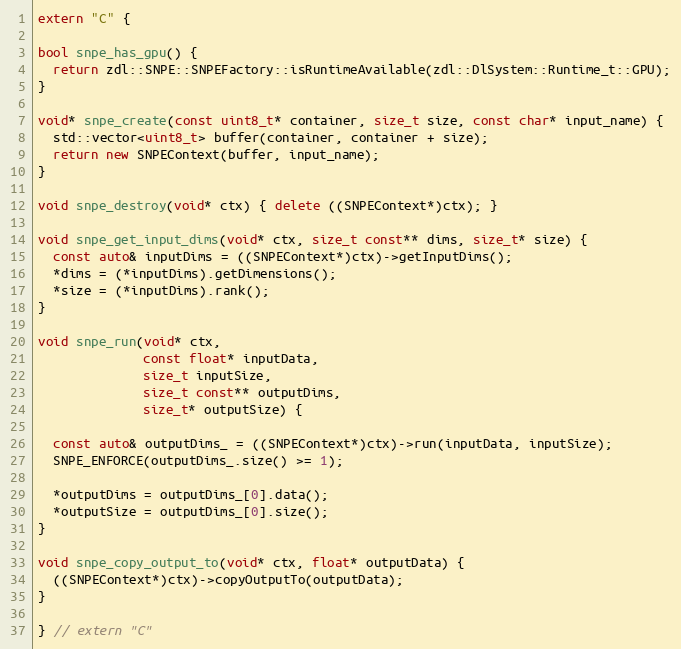
Language: C++
extern "C" {

bool snpe_has_gpu() {
  return zdl::SNPE::SNPEFactory::isRuntimeAvailable(zdl::DlSystem::Runtime_t::GPU);
}

void* snpe_create(const uint8_t* container, size_t size, const char* input_name) {
  std::vector<uint8_t> buffer(container, container + size);
  return new SNPEContext(buffer, input_name);
}

void snpe_destroy(void* ctx) { delete ((SNPEContext*)ctx); }

void snpe_get_input_dims(void* ctx, size_t const** dims, size_t* size) {
  const auto& inputDims = ((SNPEContext*)ctx)->getInputDims();
  *dims = (*inputDims).getDimensions();
  *size = (*inputDims).rank();
}

void snpe_run(void* ctx,
              const float* inputData,
              size_t inputSize,
              size_t const** outputDims,
              size_t* outputSize) {

  const auto& outputDims_ = ((SNPEContext*)ctx)->run(inputData, inputSize);
  SNPE_ENFORCE(outputDims_.size() >= 1);

  *outputDims = outputDims_[0].data();
  *outputSize = outputDims_[0].size();
}

void snpe_copy_output_to(void* ctx, float* outputData) {
  ((SNPEContext*)ctx)->copyOutputTo(outputData);
}

} // extern "C"